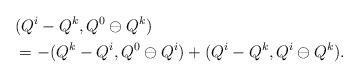
LaTeX: \begin{align*}&(Q^i-Q^k,Q^0\ominus Q^k)\\&=-(Q^k-Q^i,Q^0\ominus Q^i)+(Q^i-Q^k,Q^i\ominus Q^k).\end{align*}